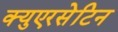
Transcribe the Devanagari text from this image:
क्युएरसेटिन